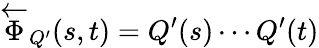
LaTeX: \overleftarrow{\Phi}_{Q^{\prime}}(s,t)=Q^{\prime}(s)\cdots Q^{\prime}(t)